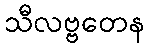
သီလဗ္ဗတေန